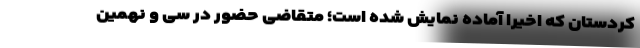
کردستان که اخیراً آماده نمایش شده است؛ متقاضی حضور در سی ‌و نهمین